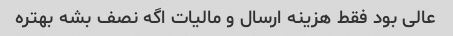
عالی بود فقط هزینه ارسال و مالیات اگه نصف بشه بهتره